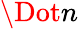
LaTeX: \Dot{n}